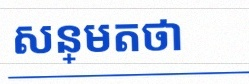
សន្មតថា x ជាចំនួនពិត